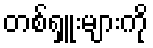
တစ်ရှူးများကို